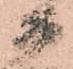
衛